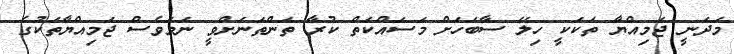
މަދަނީ ޖަމިއްޔާ ތަކަކީ ހިލޭ ސާބަހަށް މަސައްކަތް ކުރާ ތަންތަނަށްވީ ނަމަވެސް ޖަމިއްޔާތަކުގެ